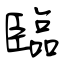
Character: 臨